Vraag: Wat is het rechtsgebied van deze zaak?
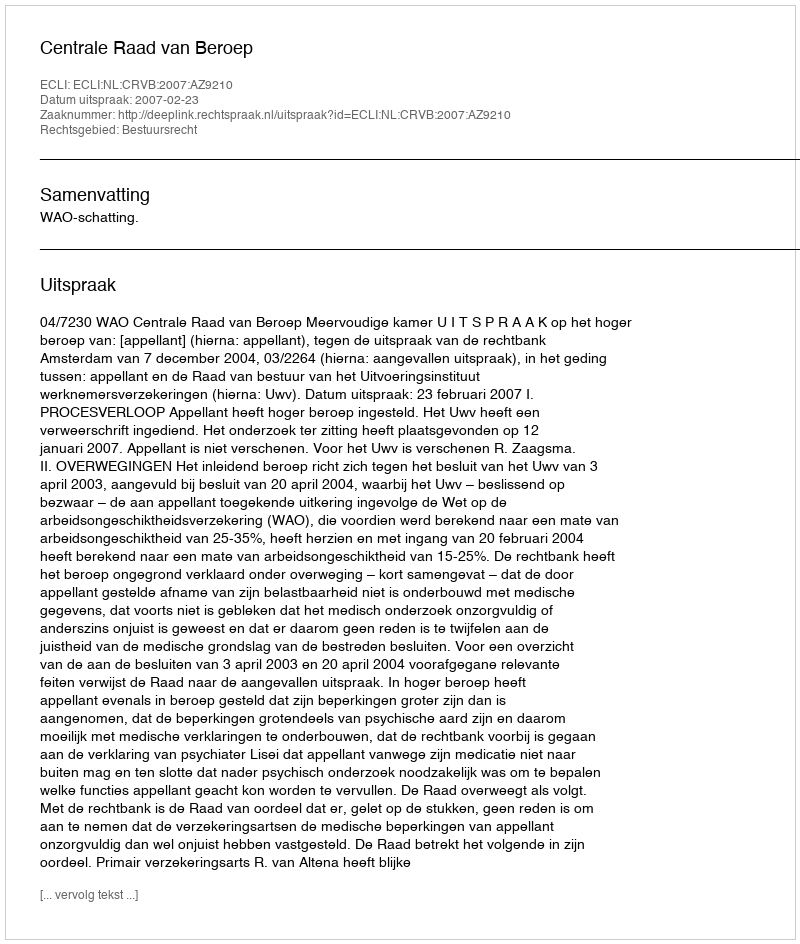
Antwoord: Bestuursrecht